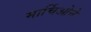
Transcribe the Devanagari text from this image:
मार्चिओने